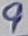
Text: 9